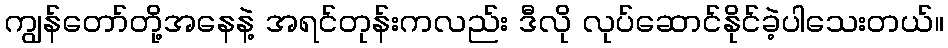
ကျွန်တော်တို့အနေနဲ့ အရင်တုန်းကလည်း ဒီလို လုပ်ဆောင်နိုင်ခဲ့ပါသေးတယ်။